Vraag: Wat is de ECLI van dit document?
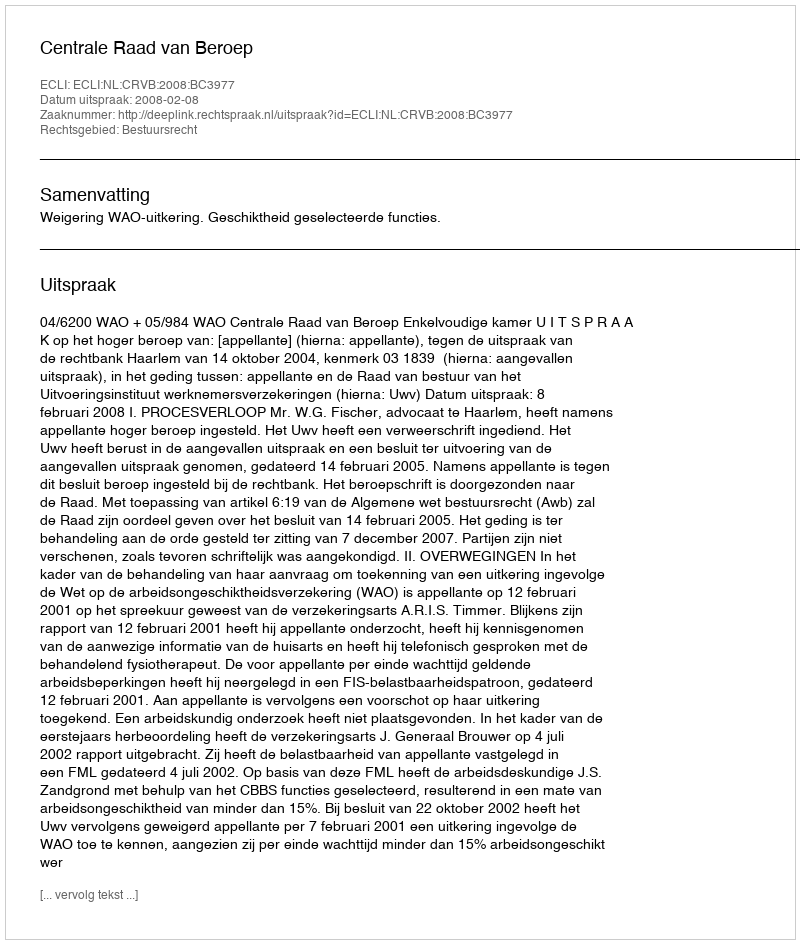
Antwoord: ECLI:NL:CRVB:2008:BC3977